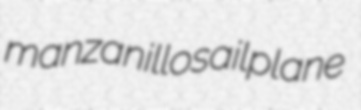
manzanillo sailplane